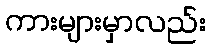
ကားများမှာလည်း